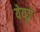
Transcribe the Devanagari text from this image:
येयूज़े